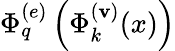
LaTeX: \Phi_{q}^{(e)}\left(\Phi_{k}^{(\mathbf{v})}(x)\right)